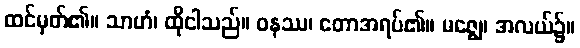
ထင်မှတ်၏။ သာဟံ၊ ထိုငါသည်။ ဝနဿ၊ တောအရပ်၏။ မဇ္ဈေ၊ အလယ်၌။